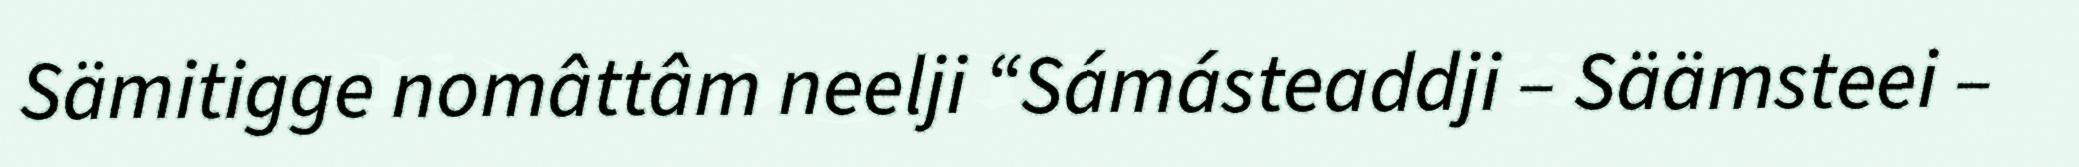
Sämitigge nomâttâm neelji “Sámásteaddji – Säämsteei –